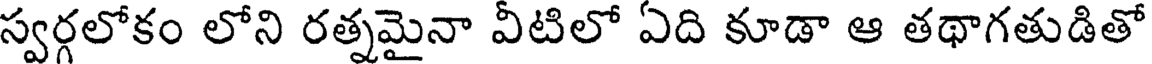
స్వర్గలోకం లోని రత్నమైనా వీటిలో ఏది కూడా ఆ తథాగతుడితో